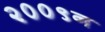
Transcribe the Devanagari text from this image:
२००९न